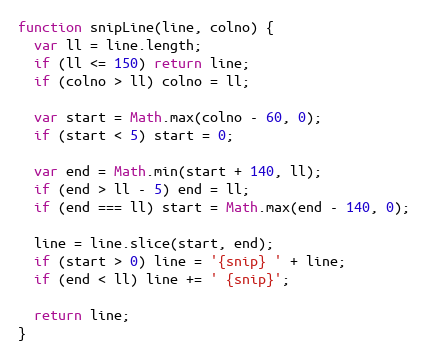
Language: JavaScript
function snipLine(line, colno) {
  var ll = line.length;
  if (ll <= 150) return line;
  if (colno > ll) colno = ll;

  var start = Math.max(colno - 60, 0);
  if (start < 5) start = 0;

  var end = Math.min(start + 140, ll);
  if (end > ll - 5) end = ll;
  if (end === ll) start = Math.max(end - 140, 0);

  line = line.slice(start, end);
  if (start > 0) line = '{snip} ' + line;
  if (end < ll) line += ' {snip}';

  return line;
}